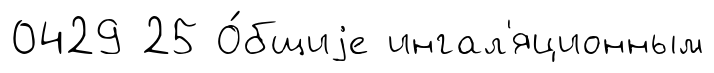
0429 25 О́бщиjе ингал'яционным